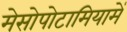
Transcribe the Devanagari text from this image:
मेसोपोटामियामें